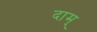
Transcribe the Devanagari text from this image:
दाम्